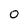
Character: 0